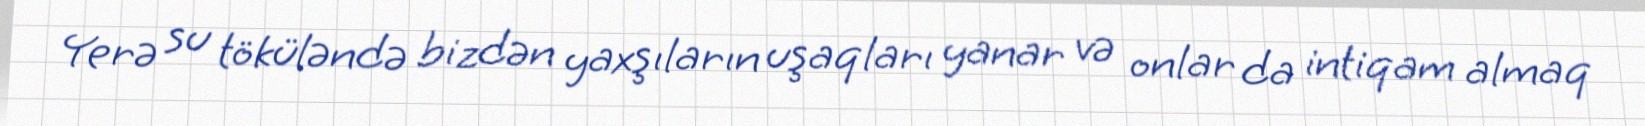
Yerə su töküləndə bizdən yaxşıların uşaqları yanar və onlar da intiqam almaq